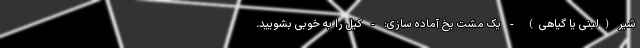
شیر (لبنی یا گیاهی) - یک مشت یخ آماده سازی: - کیل را به خوبی بشویید.